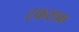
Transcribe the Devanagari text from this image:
टकराक